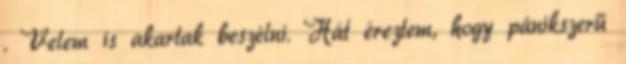
. Velem is akartak beszélni. Hát éreztem, hogy pánikszerű